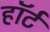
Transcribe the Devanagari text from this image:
हाॅर्ट